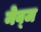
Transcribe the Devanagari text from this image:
नेव्ज